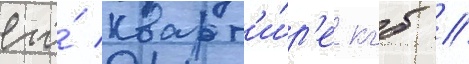
его́ кварт'и́р'е кгб //